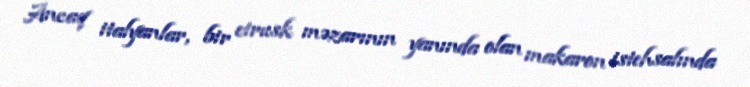
Ancaq italyanlar, bir etrusk məzarının yanında olan makaron istehsalında